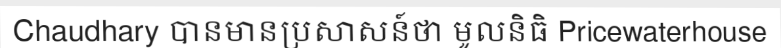
Chaudhary បានមានប្រសាសន៍ថា មូលនិធិ Pricewaterhouse